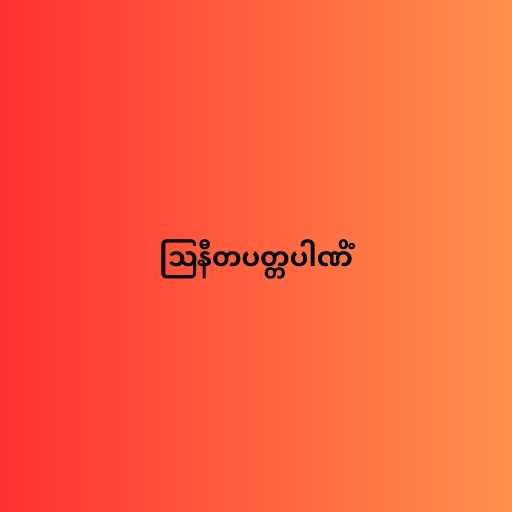
ဩနီတပတ္တပါဏိံ